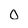
Character: 0